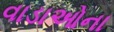
વાડાઓના